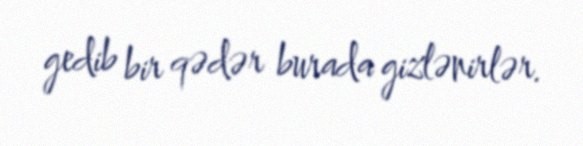
gedib bir qədər burada gizlənirlər.